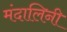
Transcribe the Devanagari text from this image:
मंदालिनी